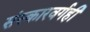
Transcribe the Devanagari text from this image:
संस्कारवर्गही